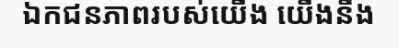
ឯកជនភាពរបស់យើង យើងនឹង